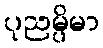
ပုညမ္ပိမာ